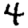
Digit: 4